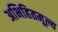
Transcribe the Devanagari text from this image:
अभिहितमूल्य